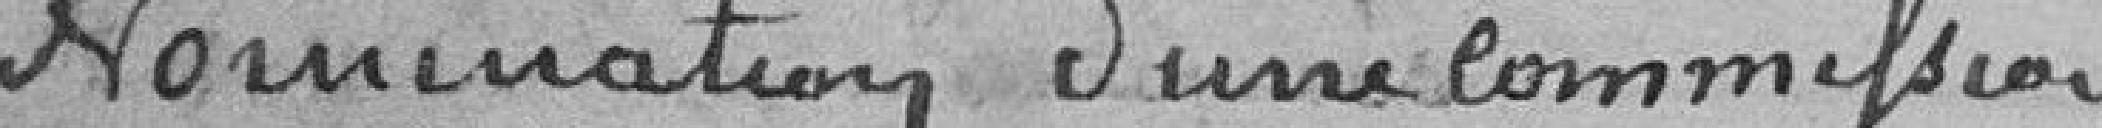
Nomination d'une commission